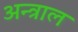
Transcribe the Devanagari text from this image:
अन्त्राल